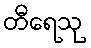
တီရေသု